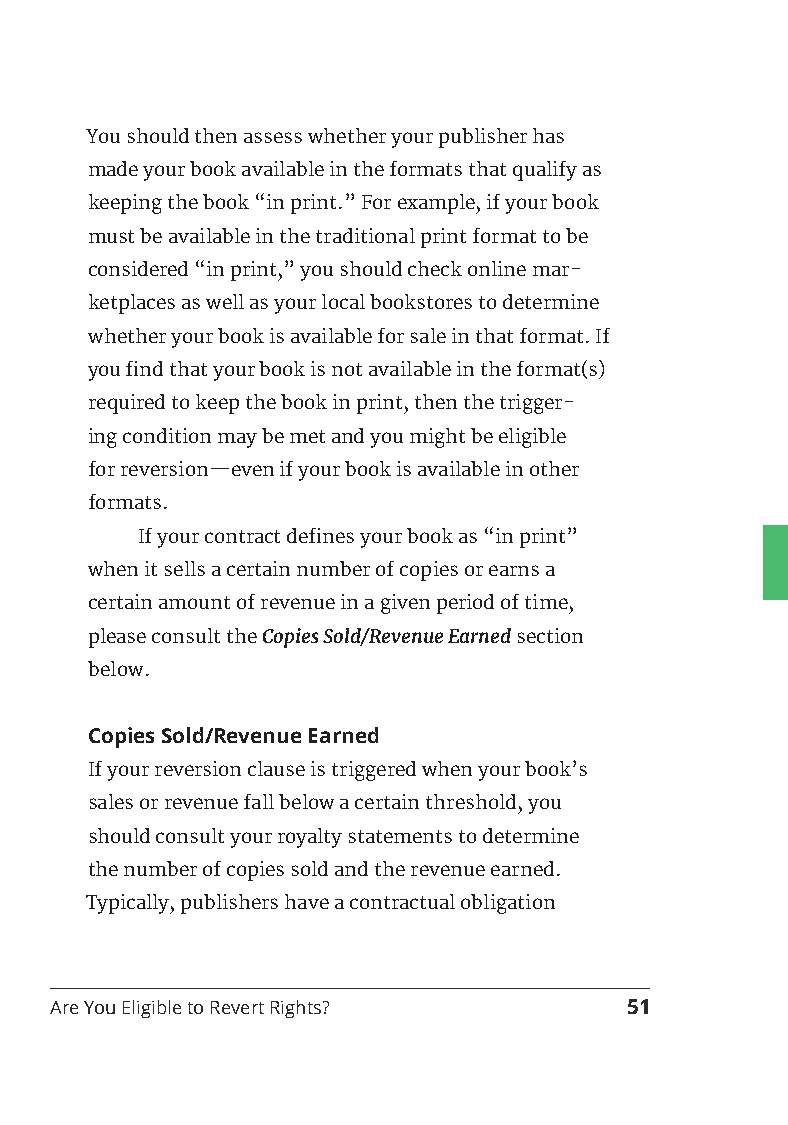
You should then assess whether your publisher has
 made your book available in the formats that qualify as
 keeping the book “in print.” For example, if your book
 must be available in the traditional print format to be
 considered “in print,” you should check online mar-
 ketplaces as well as your local bookstores to determine
 whether your book is available for sale in that format. If
 you find that your book is not available in the format(s)
 required to keep the book in print, then the trigger-
 ing condition may be met and you might be eligible
 for reversion—even if your book is available in other
 formats.
 If your contract defines your book as “in print”
 when it sells a certain number of copies or earns a
 certain amount of revenue in a given period of time,
 please consult the Copies Sold/Revenue Earned section
 below.
 Copies Sold/Revenue Earned
 If your reversion clause is triggered when your book’s
 sales or revenue fall below a certain threshold, you
 should consult your royalty statements to determine
 the number of copies sold and the revenue earned.
 Typically, publishers have a contractual obligation
 Are You Eligible to Revert Rights?    51